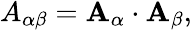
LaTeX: \begin{array}{r}{{A}_{\alpha\beta}={\mathbf{A}}_{\alpha}\cdot{\mathbf{A}}_{\beta},}\end{array}